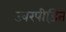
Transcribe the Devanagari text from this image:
ज्वरपीड़ित